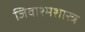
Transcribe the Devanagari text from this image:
जिवाश्मशास्त्र